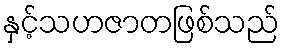
နှင့်သဟဇာတဖြစ်သည်